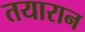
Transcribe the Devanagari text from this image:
तयारान